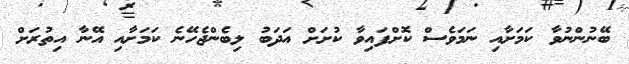
ބޭނުންނުވާ ކަމަށާއި ނަމަވެސް ކޮށްފައިވާ ކުށަށް އަދަބު ލިބެންޖެހޭނެ ކަމަށާއި އޭނާ އިތުރަށް